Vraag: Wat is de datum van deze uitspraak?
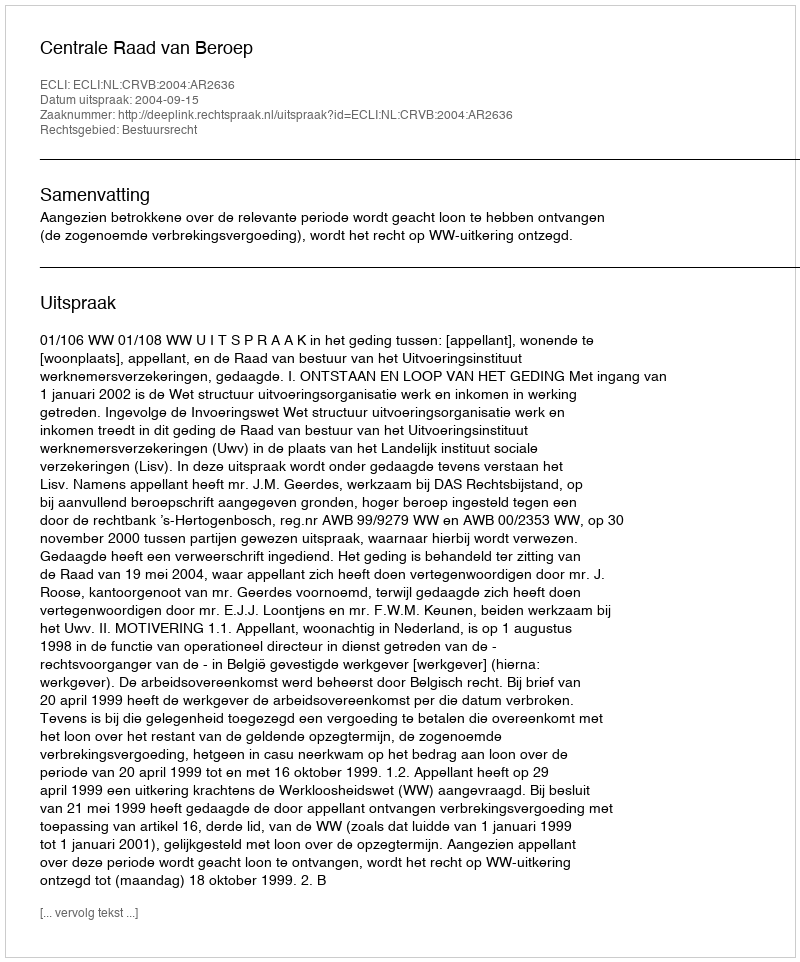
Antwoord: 2004-09-15